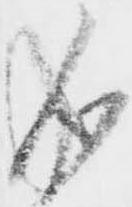
成